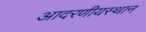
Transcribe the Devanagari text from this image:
आदरणीयस्थान